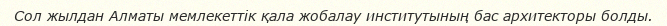
Сол жылдан Алматы мемлекеттік қала жобалау институтының бас архитекторы болды.